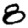
Digit: 8